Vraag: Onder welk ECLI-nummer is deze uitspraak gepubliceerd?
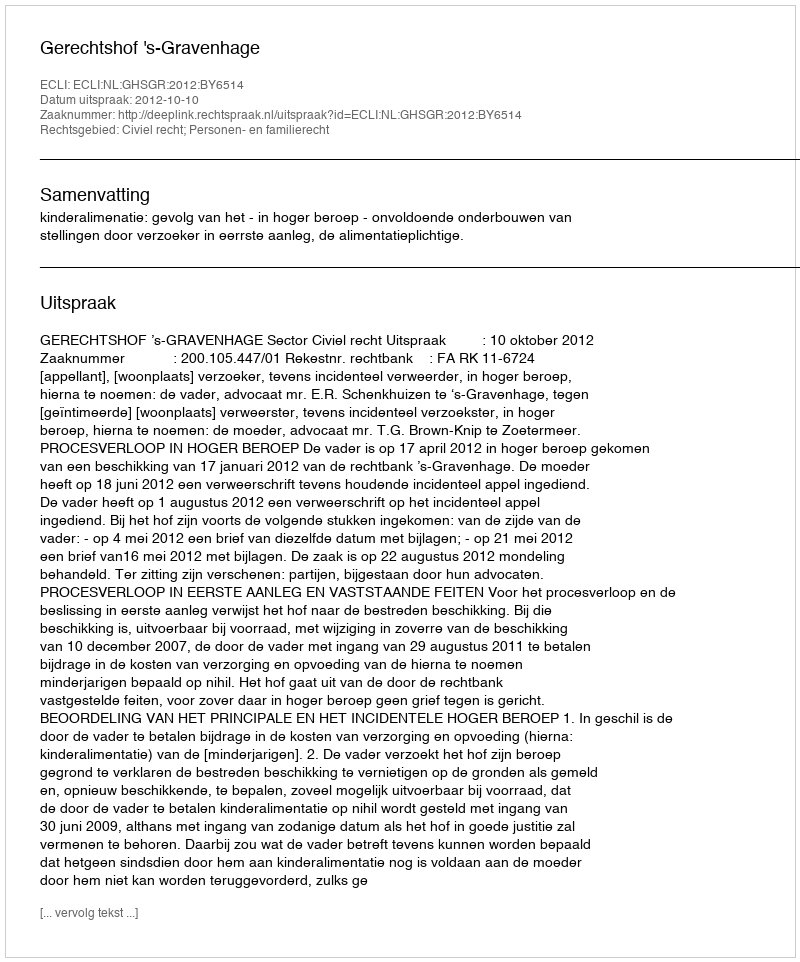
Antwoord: ECLI:NL:GHSGR:2012:BY6514